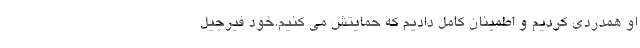
او همدردی کردیم و اطمینان کامل دادیم که حمایتش می کنیم.خود فیرجیل